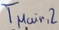
Text: TMain,2